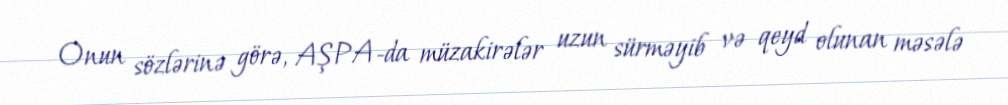
Onun sözlərinə görə, AŞPA-da müzakirələr uzun sürməyib və qeyd olunan məsələ